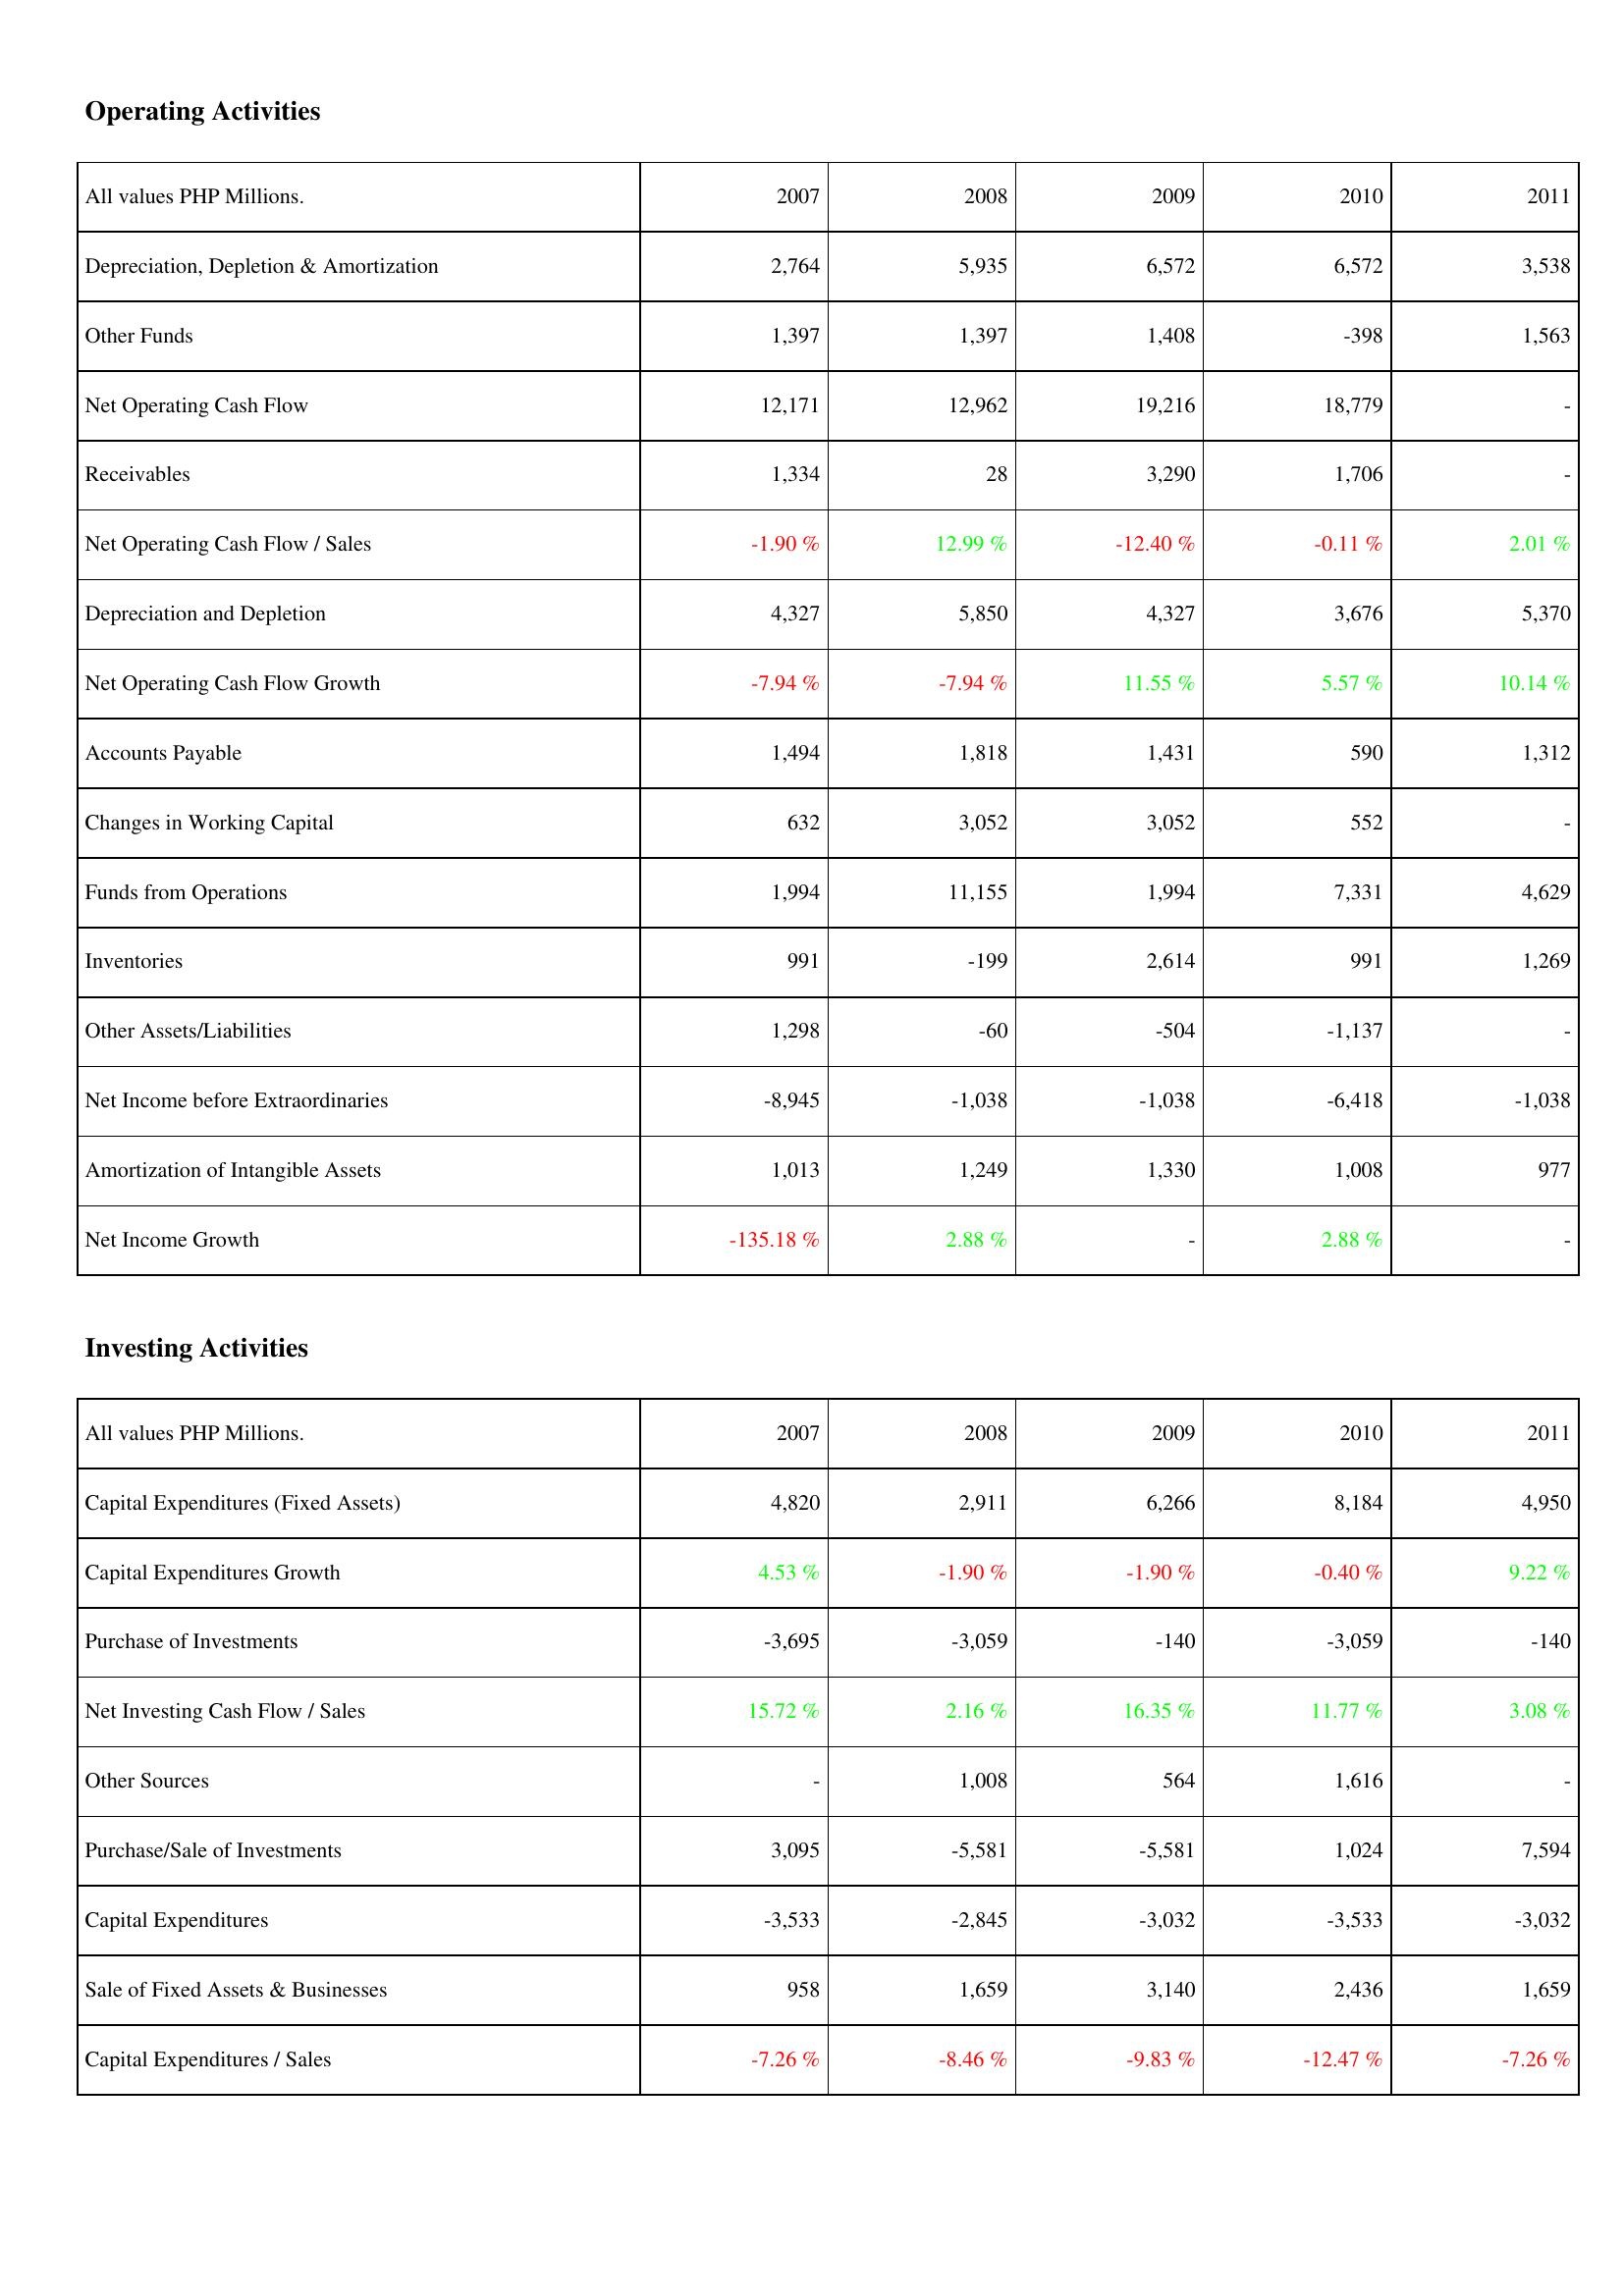
2007: Operating Activities: Depreciation, Depletion & Amortization: 2,764
Other Funds: 1,397
Net Operating Cash Flow: 12,171
Receivables: 1,334
Net Operating Cash Flow / Sales: -1.90 %
Depreciation and Depletion: 4,327
Net Operating Cash Flow Growth: -7.94 %
Accounts Payable: 1,494
Changes in Working Capital: 632
Funds from Operations: 1,994
Inventories: 991
Other Assets/Liabilities: 1,298
Net Income before Extraordinaries: -8,945
Amortization of Intangible Assets: 1,013
Net Income Growth: -135.18 %
Investing Activities: Capital Expenditures (Fixed Assets): 4,820
Capital Expenditures Growth: 4.53 %
Purchase of Investments: -3,695
Net Investing Cash Flow / Sales: 15.72 %
Other Sources: -
Purchase/Sale of Investments: 3,095
Capital Expenditures: -3,533
Sale of Fixed Assets & Businesses: 958
Capital Expenditures / Sales: -7.26 %
2008: Operating Activities: Depreciation, Depletion & Amortization: 5,935
Other Funds: 1,397
Net Operating Cash Flow: 12,962
Receivables: 28
Net Operating Cash Flow / Sales: 12.99 %
Depreciation and Depletion: 5,850
Net Operating Cash Flow Growth: -7.94 %
Accounts Payable: 1,818
Changes in Working Capital: 3,052
Funds from Operations: 11,155
Inventories: -199
Other Assets/Liabilities: -60
Net Income before Extraordinaries: -1,038
Amortization of Intangible Assets: 1,249
Net Income Growth: 2.88 %
Investing Activities: Capital Expenditures (Fixed Assets): 2,911
Capital Expenditures Growth: -1.90 %
Purchase of Investments: -3,059
Net Investing Cash Flow / Sales: 2.16 %
Other Sources: 1,008
Purchase/Sale of Investments: -5,581
Capital Expenditures: -2,845
Sale of Fixed Assets & Businesses: 1,659
Capital Expenditures / Sales: -8.46 %
2009: Operating Activities: Depreciation, Depletion & Amortization: 6,572
Other Funds: 1,408
Net Operating Cash Flow: 19,216
Receivables: 3,290
Net Operating Cash Flow / Sales: -12.40 %
Depreciation and Depletion: 4,327
Net Operating Cash Flow Growth: 11.55 %
Accounts Payable: 1,431
Changes in Working Capital: 3,052
Funds from Operations: 1,994
Inventories: 2,614
Other Assets/Liabilities: -504
Net Income before Extraordinaries: -1,038
Amortization of Intangible Assets: 1,330
Net Income Growth: -
Investing Activities: Capital Expenditures (Fixed Assets): 6,266
Capital Expenditures Growth: -1.90 %
Purchase of Investments: -140
Net Investing Cash Flow / Sales: 16.35 %
Other Sources: 564
Purchase/Sale of Investments: -5,581
Capital Expenditures: -3,032
Sale of Fixed Assets & Businesses: 3,140
Capital Expenditures / Sales: -9.83 %
2010: Operating Activities: Depreciation, Depletion & Amortization: 6,572
Other Funds: -398
Net Operating Cash Flow: 18,779
Receivables: 1,706
Net Operating Cash Flow / Sales: -0.11 %
Depreciation and Depletion: 3,676
Net Operating Cash Flow Growth: 5.57 %
Accounts Payable: 590
Changes in Working Capital: 552
Funds from Operations: 7,331
Inventories: 991
Other Assets/Liabilities: -1,137
Net Income before Extraordinaries: -6,418
Amortization of Intangible Assets: 1,008
Net Income Growth: 2.88 %
Investing Activities: Capital Expenditures (Fixed Assets): 8,184
Capital Expenditures Growth: -0.40 %
Purchase of Investments: -3,059
Net Investing Cash Flow / Sales: 11.77 %
Other Sources: 1,616
Purchase/Sale of Investments: 1,024
Capital Expenditures: -3,533
Sale of Fixed Assets & Businesses: 2,436
Capital Expenditures / Sales: -12.47 %
2011: Operating Activities: Depreciation, Depletion & Amortization: 3,538
Other Funds: 1,563
Net Operating Cash Flow: -
Receivables: -
Net Operating Cash Flow / Sales: 2.01 %
Depreciation and Depletion: 5,370
Net Operating Cash Flow Growth: 10.14 %
Accounts Payable: 1,312
Changes in Working Capital: -
Funds from Operations: 4,629
Inventories: 1,269
Other Assets/Liabilities: -
Net Income before Extraordinaries: -1,038
Amortization of Intangible Assets: 977
Net Income Growth: -
Investing Activities: Capital Expenditures (Fixed Assets): 4,950
Capital Expenditures Growth: 9.22 %
Purchase of Investments: -140
Net Investing Cash Flow / Sales: 3.08 %
Other Sources: -
Purchase/Sale of Investments: 7,594
Capital Expenditures: -3,032
Sale of Fixed Assets & Businesses: 1,659
Capital Expenditures / Sales: -7.26 %